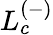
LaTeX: L_{c}^{(-)}